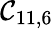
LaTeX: \mathcal{C}_{11,6}